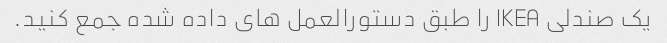
یک صندلی IKEA را طبق دستورالعمل های داده شده جمع کنید.